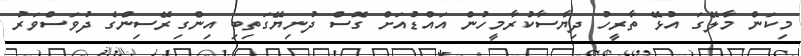
މިކަން މާލޭގަ އުޅޭ ތާރީހު ދިޔާސާކުރާމީހުން އައްޑުއަށް ގޮސް ދުނިޔޭގަތިބި އިންގިރޭސިންގެ ދުވަސްވަރު